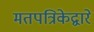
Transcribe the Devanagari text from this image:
मतपत्रिकेद्वारे